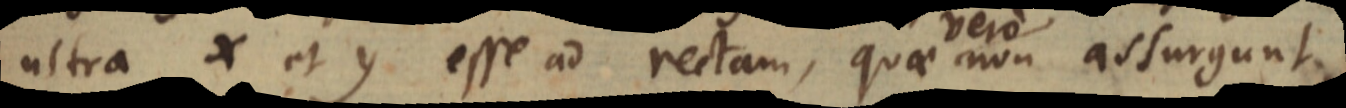
ultra x et y esse ad rectam, quae vero non assurgunt